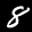
Label: 8